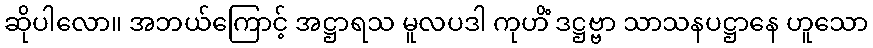
ဆိုပါလော။ အဘယ်ကြောင့် အဋ္ဌာရသ မူလပဒါ ကုဟိံ ဒဋ္ဌဗ္ဗာ သာသနပဋ္ဌာနေ ဟူသော